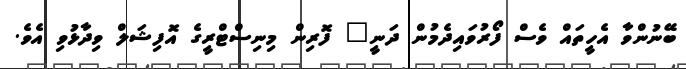
ބޭނުންވާ އެހީތައް ވެސް ފޯރުވައިދެމުން ދަނީ" ފޮރިން މިނިސްޓްރީގެ އޮފިޝަލް ވިދާޅުވި އެވެ.